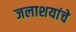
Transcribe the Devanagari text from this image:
जलाशयांचे